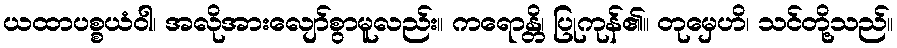
ယထာပစ္စယံဝါ၊ အလိုအားလျော်စွာမူလည်း။ ကရောန္တိ၊ ပြုကုန်၏။ တုမှေဟိ၊ သင်တို့သည်။